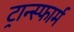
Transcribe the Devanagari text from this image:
ट्रान्स्फार्म